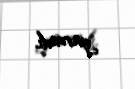
yaratdı.